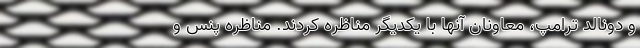
و دونالد ترامپ، معاونان آنها با یکدیگر مناظره کردند. مناظره پنس و